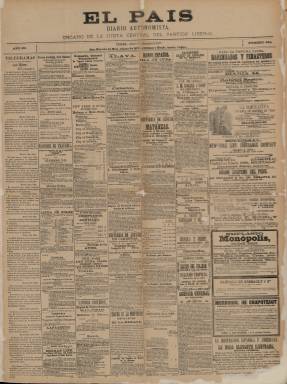
Título: El País (Habana. Ed. de la mañana)
Otros títulos: El País edición de la mañana
Colección: Periódicos
Ámbito geográfico: Cuba
Lugar de publicación: La Habana
Fechas: 06/12/1888-30/06/1895